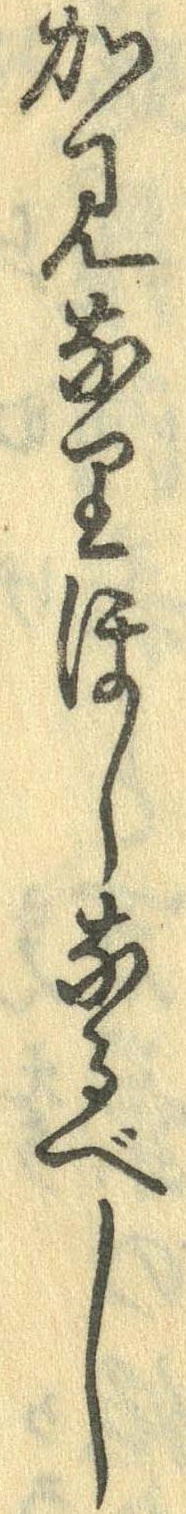
かみなりほしなるべし